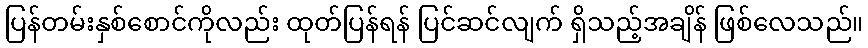
ပြန်တမ်းနှစ်စောင်ကိုလည်း ထုတ်ပြန်ရန် ပြင်ဆင်လျက် ရှိသည့်အချိန် ဖြစ်လေသည်။